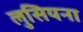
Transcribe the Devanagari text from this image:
लुसियना